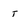
Character: t